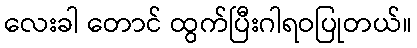
လေးခါ တောင် ထွက်ပြီးဂါရဝပြုတယ်။